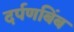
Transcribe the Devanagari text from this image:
दर्पणबिंब